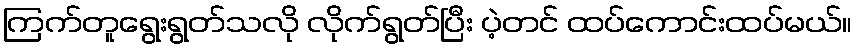
ကြက်တူရွေးရွတ်သလို လိုက်ရွတ်ပြီး ပဲ့တင် ထပ်ကောင်းထပ်မယ်။